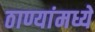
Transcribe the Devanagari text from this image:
ठाण्यांमध्ये